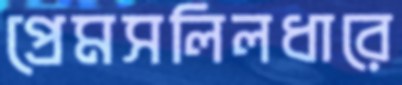
প্রেমসলিলধারে